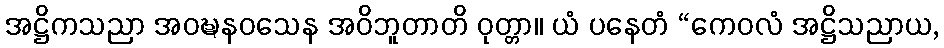
အဋ္ဌိကသညာ အဝဍ္ဎနဝသေန အဝိဘူတာတိ ဝုတ္တာ။ ယံ ပနေတံ “ကေဝလံ အဋ္ဌိသညာယ,